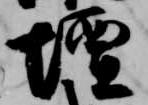
壇